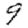
Digit: 9